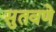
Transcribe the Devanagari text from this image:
सुतवणे